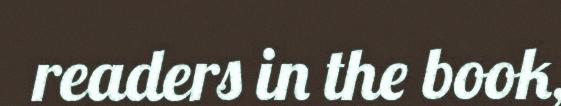
readers in the book,